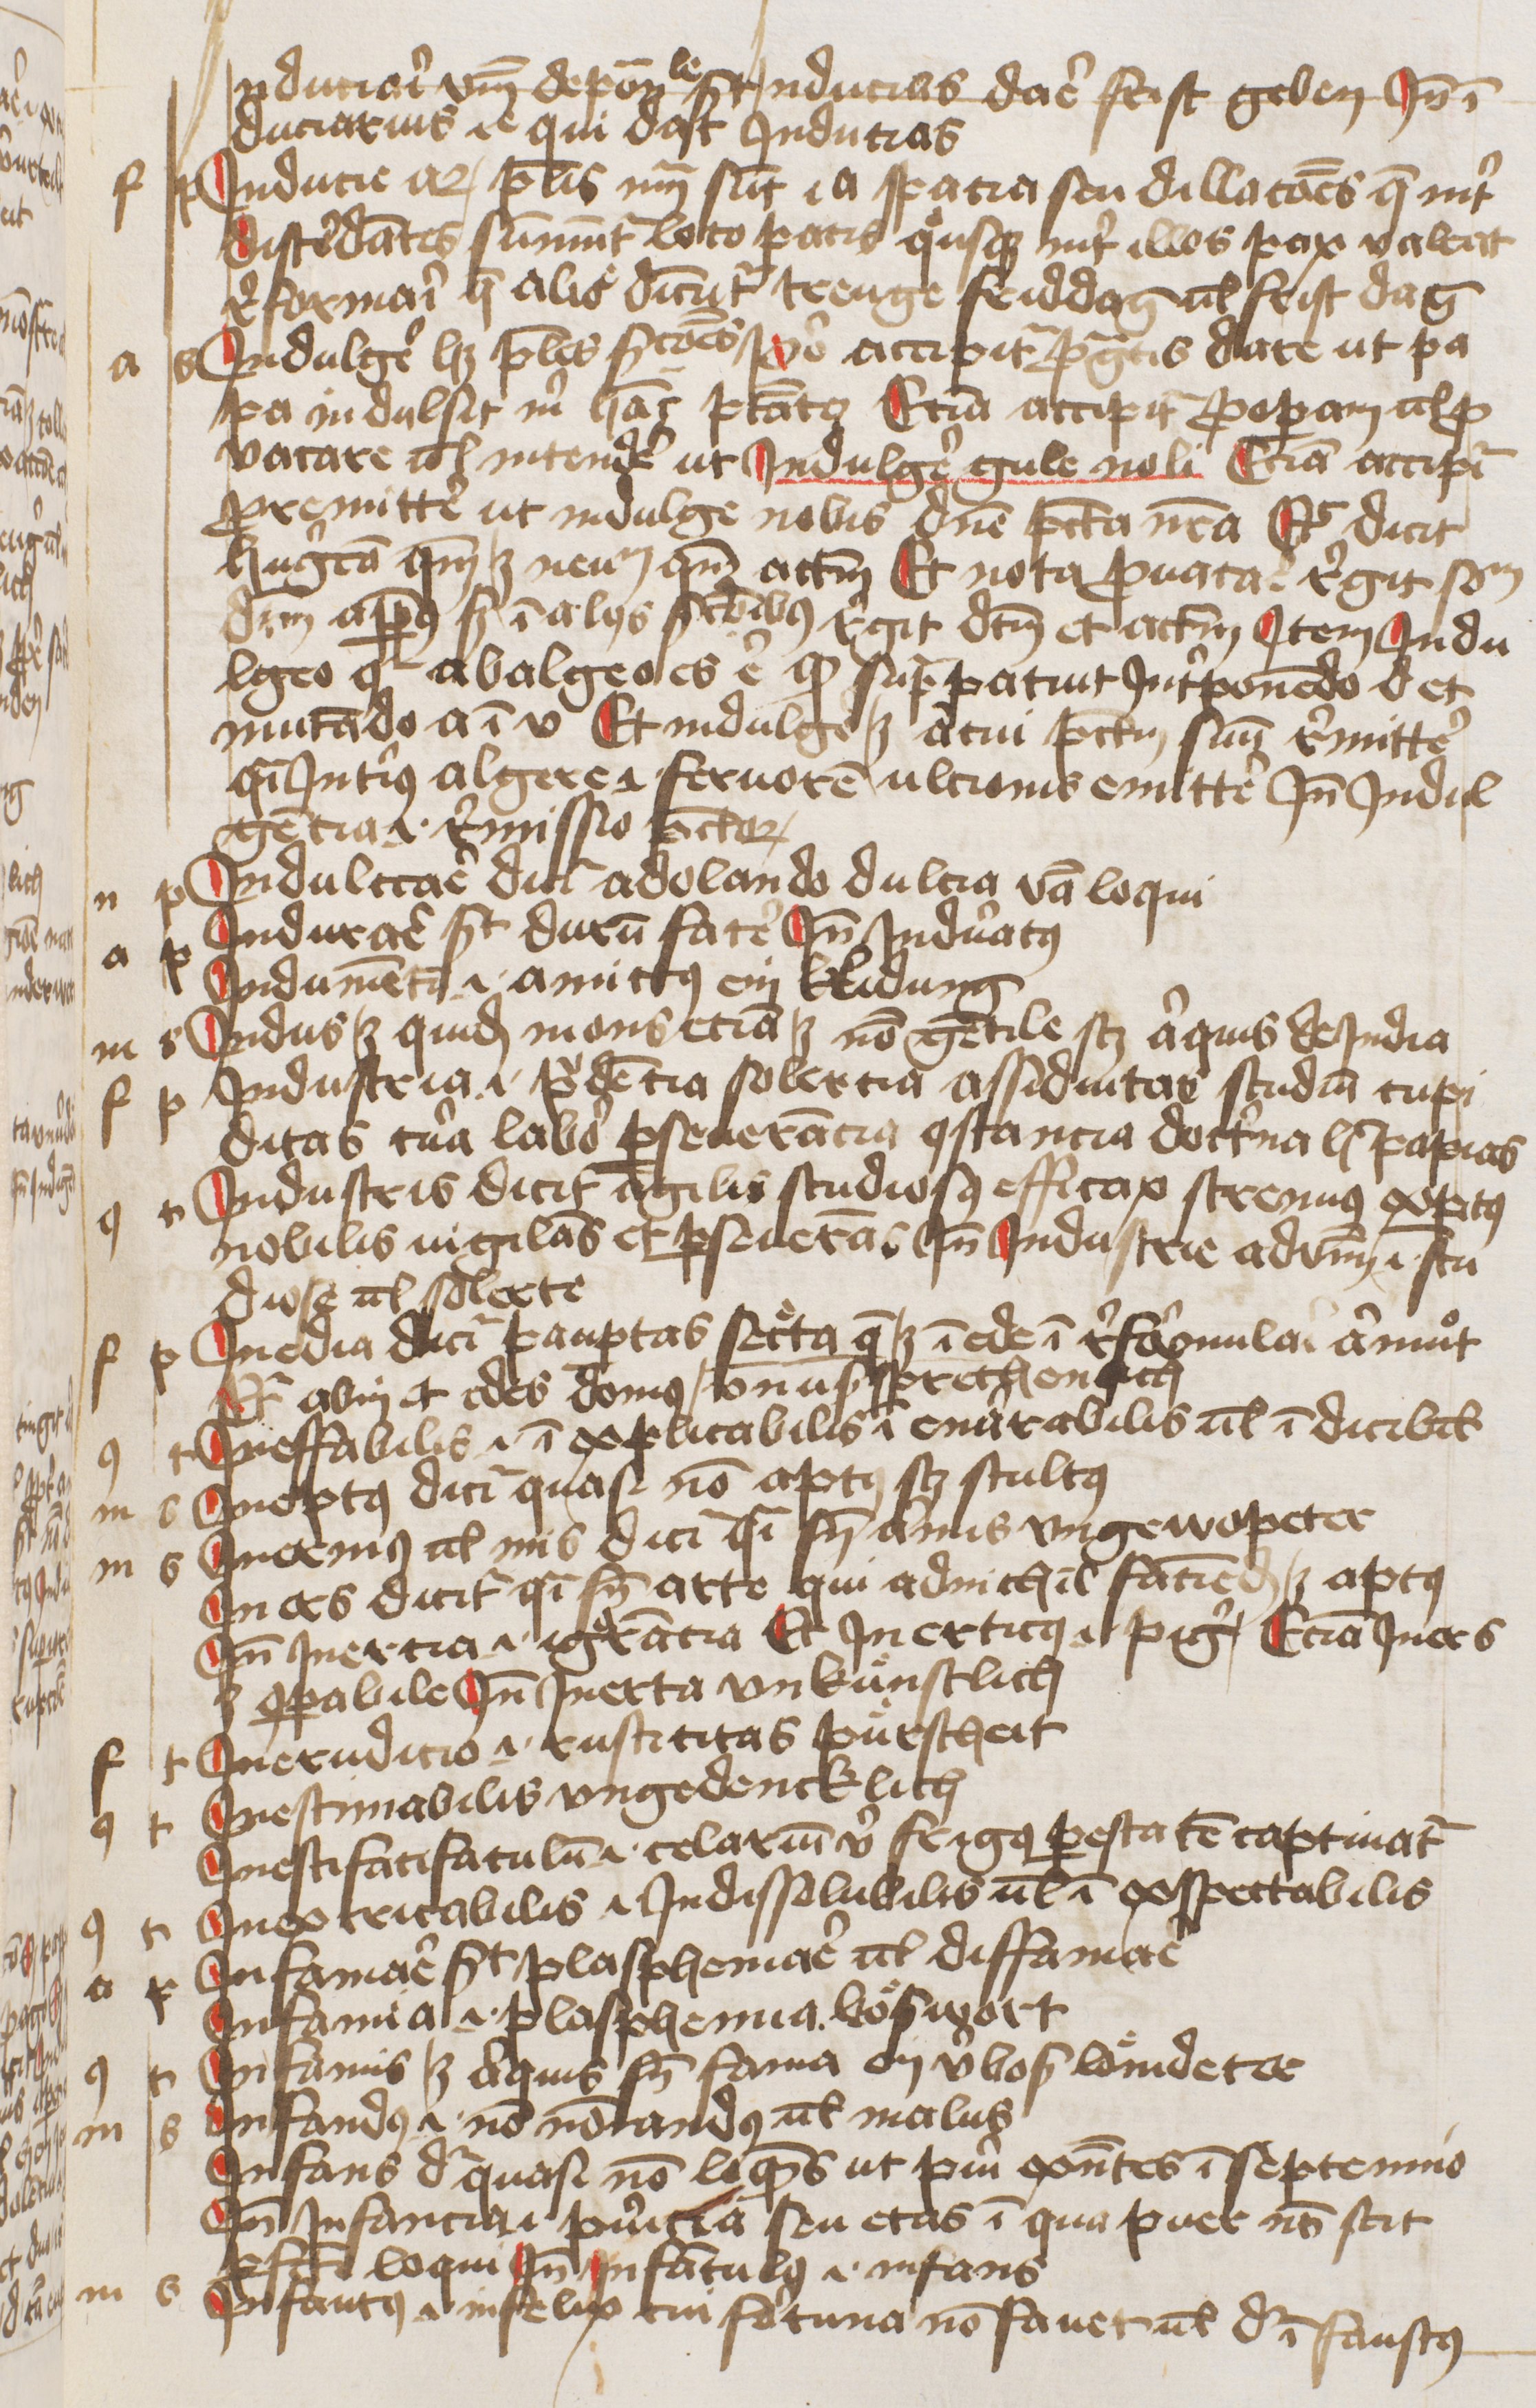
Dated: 1445–1455